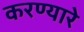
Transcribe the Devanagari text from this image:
करण्यारे